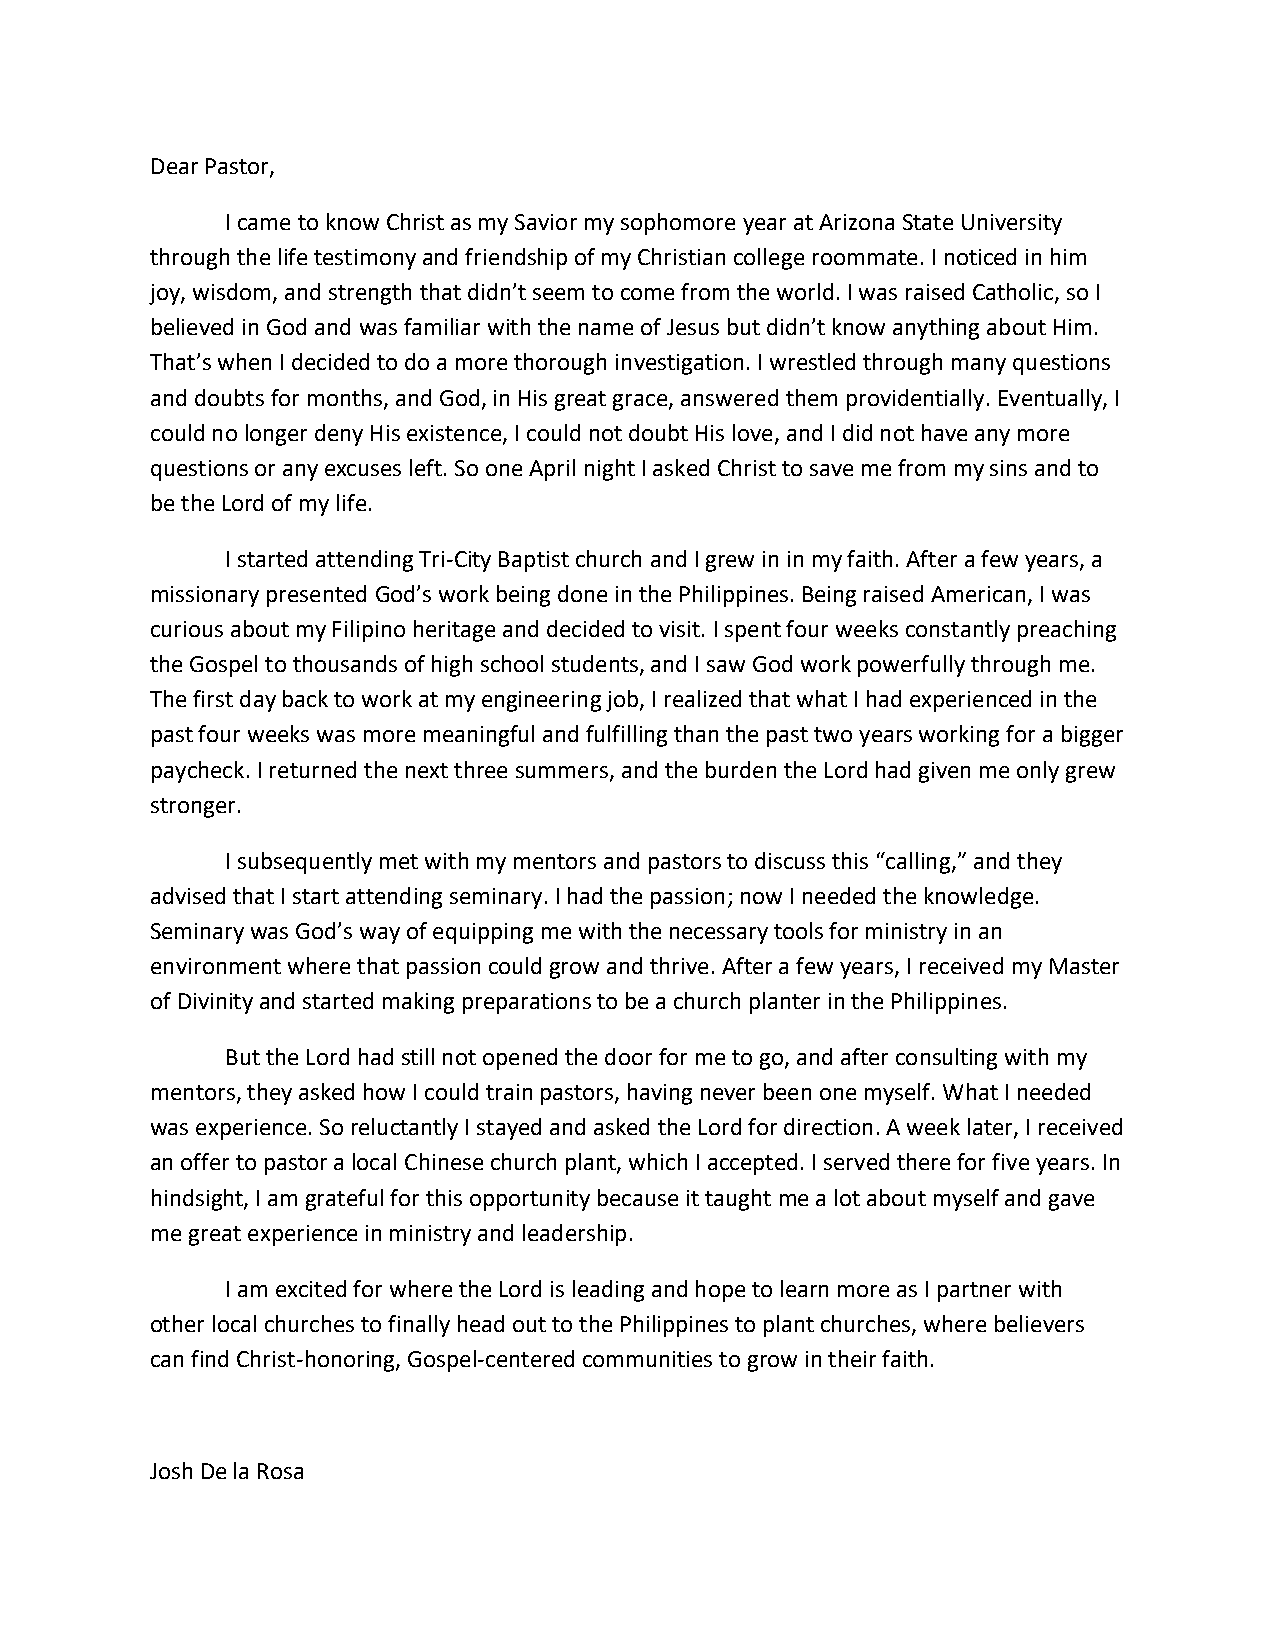
Dear Pastor,
 I came to know Christ as my Savior my sophomore year at Arizona State University
 through the life testimony and friendship of my Christian college roommate. I noticed in him
 joy, wisdom, and strength that didn’t seem to come from the world. I was raised Catholic, so I
 believed in God and was familiar with the name of Jesus but didn’t know anything about Him.
 That’s when I decided to do a more thorough investigation. I wrestled through many questions
 and doubts for months, and God, in His great grace, answered them providentially. Eventually, I
 could no longer deny His existence, I could not doubt His love, and I did not have any more
 questions or any excuses left. So one April night I asked Christ to save me from my sins and to
 be the Lord of my life.
 I started attending Tri-City Baptist church and I grew in in my faith. After a few years, a
 missionary presented God’s work being done in the Philippines. Being raised American, I was
 curious about my Filipino heritage and decided to visit. I spent four weeks constantly preaching
 the Gospel to thousands of high school students, and I saw God work powerfully through me.
 The first day back to work at my engineering job, I realized that what I had experienced in the
 past four weeks was more meaningful and fulfilling than the past two years working for a bigger
 paycheck. I returned the next three summers, and the burden the Lord had given me only grew
 stronger.
 I subsequently met with my mentors and pastors to discuss this “calling,” and they
 advised that I start attending seminary. I had the passion; now I needed the knowledge.
 Seminary was God’s way of equipping me with the necessary tools for ministry in an
 environment where that passion could grow and thrive. After a few years, I received my Master
 of Divinity and started making preparations to be a church planter in the Philippines.
 But the Lord had still not opened the door for me to go, and after consulting with my
 mentors, they asked how I could train pastors, having never been one myself. What I needed
 was experience. So reluctantly I stayed and asked the Lord for direction. A week later, I received
 an offer to pastor a local Chinese church plant, which I accepted. I served there for five years. In
 hindsight, I am grateful for this opportunity because it taught me a lot about myself and gave
 me great experience in ministry and leadership.
 I am excited for where the Lord is leading and hope to learn more as I partner with
 other local churches to finally head out to the Philippines to plant churches, where believers
 can find Christ-honoring, Gospel-centered communities to grow in their faith.
 Josh De la Rosa